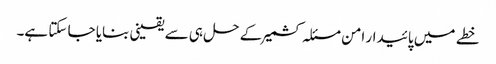
خطے میں پائیدار امن مسئلہ کشمیر کے حل ہی سے یقینی بنایا جا سکتا ہے۔